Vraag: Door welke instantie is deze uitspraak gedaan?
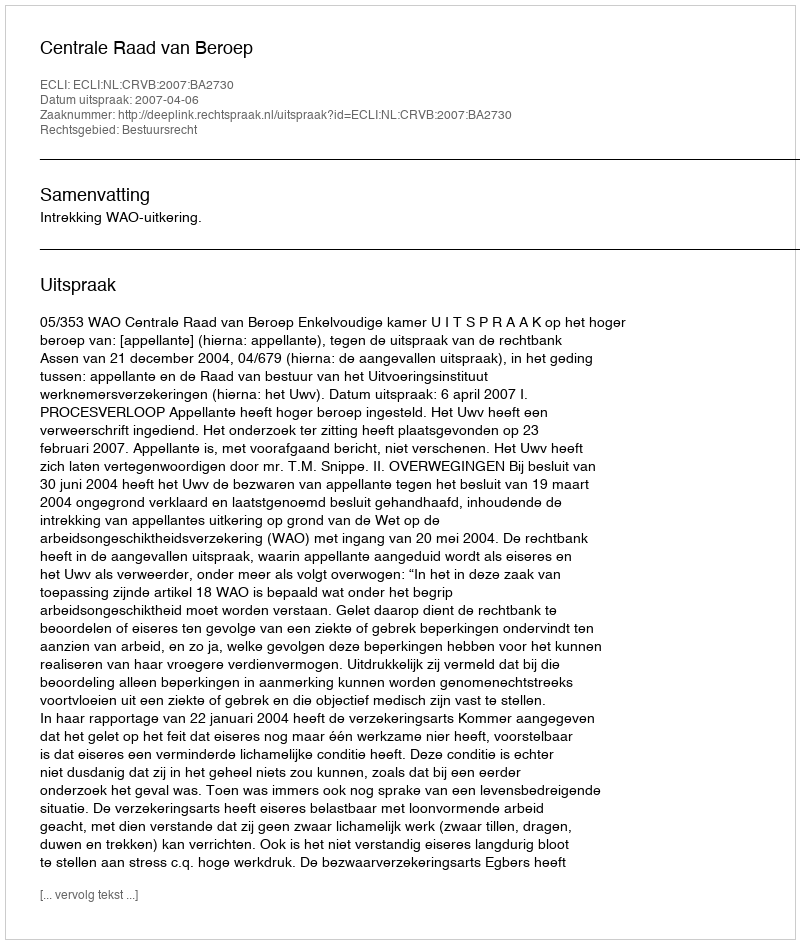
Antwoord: Centrale Raad van Beroep